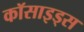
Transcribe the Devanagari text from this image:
कॉसाइड्स